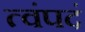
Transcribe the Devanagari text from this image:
त्वंपदं